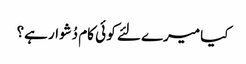
کیا میرے لئے کو ئی کام دُشوار ہے؟